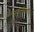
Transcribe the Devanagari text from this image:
निकासीवाले